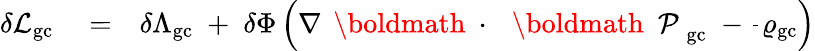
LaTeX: \begin{array}{rlr}{\delta{\cal L}_{\mathrm{gc}}}&{{}=}&{\delta\Lambda_{\mathrm{gc}}\; +\; \delta\Phi\left(\nabla\, \mathrm{~\boldmath~\cdot~}\, \mathrm{~\boldmath~\cal~P~}_{\mathrm{gc}}\; -\frac{}{}\varrho_{\mathrm{gc}}\right)}\end{array}